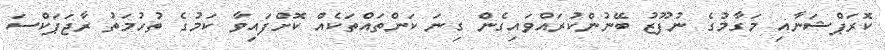
ކޮރަޕްޝަނާއި މަގާމުގެ ނުފޫޒު ބޭނުންކުރައްވައިގެން ގިނަ ކަންތައްތަކެއް ކޮށްފައިވާ ކަމުގެ ތުހުމަތު ރާޖަޕަކްސަ